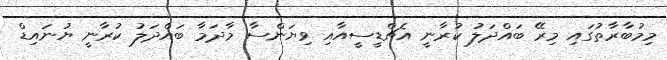
މިމުބާރާތުގައި މިރޭ ބައްދަލު ކުރާނީ އެޗްޑީސީއާއި ވިޔަންސާ މާދަމާ ބައްދަލު ކުރާނީ ޔުނައިޑް